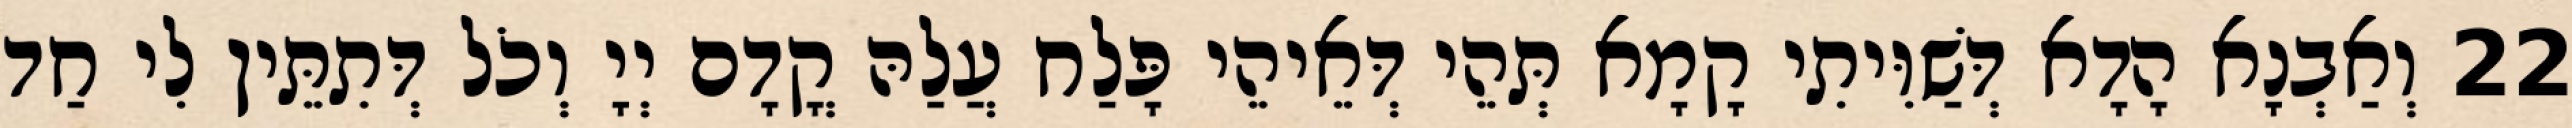
22 וְאַבְנָא הָדָא דְּשַׁוִּיתִי קָמָא תְּהֵי דְּאֵיהֵי פָּלַח עֲלַהּ קֳדָם יְיָ וְכֹל דְּתִתֵּין לִי חַד